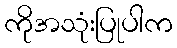
ကိုအသုံးပြုပါက